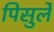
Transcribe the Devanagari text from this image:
पिसुर्ले